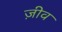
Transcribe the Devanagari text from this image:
ज़ीव